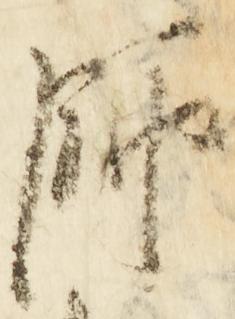
師